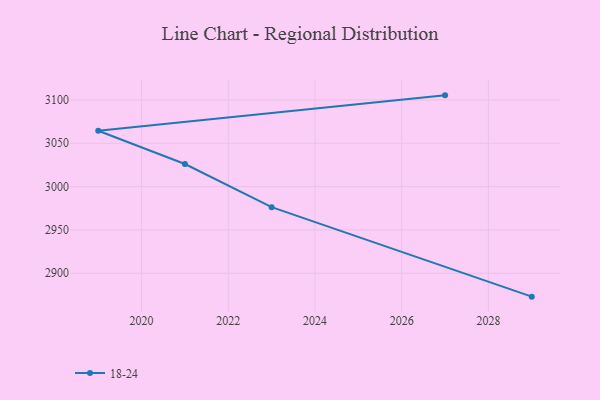
{"axis": {"x": "Year", "y": "Page Views"}, "legend": ["18-24"], "data": [{"x": "2029", "y": 2873.0, "type": "18-24"}, {"x": "2023", "y": 2976.3, "type": "18-24"}, {"x": "2021", "y": 3026.1, "type": "18-24"}, {"x": "2019", "y": 3064.4, "type": "18-24"}, {"x": "2027", "y": 3105.3, "type": "18-24"}]}